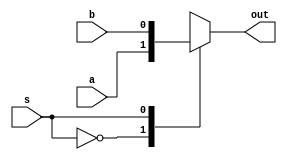
module mux2_1(
input a, b, s,
output reg out);

always@(a or b or s)
begin
	case(s)
		1'b0 : out = a;
		1'b1 : out = b;
		default : out = 1'b0;
	endcase
end
endmodule